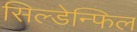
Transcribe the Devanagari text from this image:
सिल्डेन्फिल